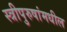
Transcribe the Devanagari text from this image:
स्त्रीपुरुषांमधील